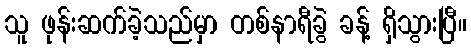
သူ ဖုန်းဆက်ခဲ့သည်မှာ တစ်နာရီခွဲ ခန့် ရှိသွားပြီ။